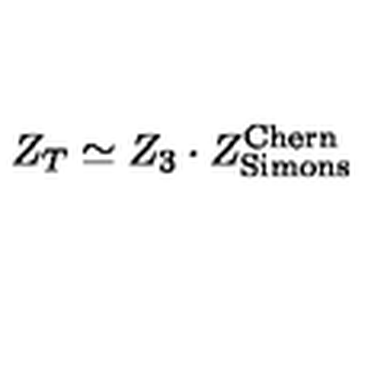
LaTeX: Z _ { T } \simeq Z _ { 3 } \cdot Z _ { \mathrm { { \tiny S i m o n s } } } ^ { \mathrm { { \tiny C h e r n } } }